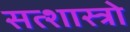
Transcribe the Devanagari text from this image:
सत्शास्त्रो